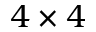
4 \times 4